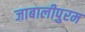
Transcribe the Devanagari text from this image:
जाबालीपुरम